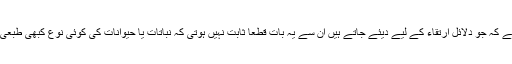
ہکسلے (Huxley)کہتا ہے کہ جو دلائل ارتقاء کے لیے دیئے جاتے ہیں ان سے یہ بات قطعاً ثابت نہیں ہوتی کہ نباتات یا حیوانات کی کوئی نوع کبھی طبعی انتخاب سے پیدا ہوئی ہو۔